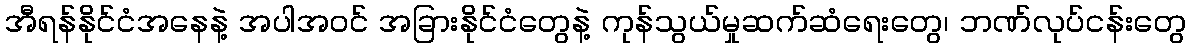
အီရန်နိုင်ငံအနေနဲ့ အပါအဝင် အခြားနိုင်ငံတွေနဲ့ ကုန်သွယ်မှုဆက်ဆံရေးတွေ၊ ဘဏ်လုပ်ငန်းတွေ